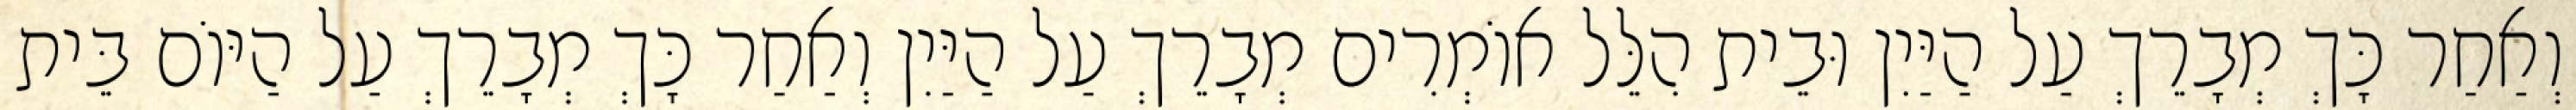
וְאַחַר כָּךְ מְבָרֵךְ עַל הַיַּיִן וּבֵית הִלֵּל אוֹמְרִים מְבָרֵךְ עַל הַיַּיִן וְאַחַר כָּךְ מְבָרֵךְ עַל הַיּוֹם בֵּית